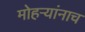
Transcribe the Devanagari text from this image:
मोहऱ्यांनाच